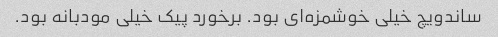
ساندویچ خیلی خوشمزه‌ای بود. برخورد پیک خیلی مودبانه بود.